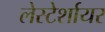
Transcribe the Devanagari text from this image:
लेस्टेर्शायर